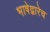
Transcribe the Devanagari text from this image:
भाषेद्वारेच